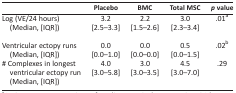
|  | Placebo | BMC | Total MSC | p value |
 | --- | --- | --- | --- | --- |
 | Log (VE/24 hours) | 3.2 | 2.2 | 3.0 | .01a |
 | (Median, [IQR]) | [2.5–3.3] | [1.5–2.6] | [2.3–3.4] |  |
 | Ventricular ectopy runs | 0.0 | 0.0 | 0.5 | <ROWSPAN=2> .02b |
 | (Median, [IQR]) | [0.0–1.0] | [0.0–0.0] | [0.0–1.5] |
 | # Complexes in longest ventricular ectopy run(Median, [IQR]) | 4.0[3.0–5.8] | 3.0[3.0–3.5] | 4.5[3.0–7.0] | .29 |